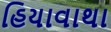
હિયાવાથા